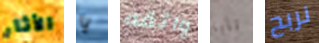
الأثار يا واثقه نابا نربح